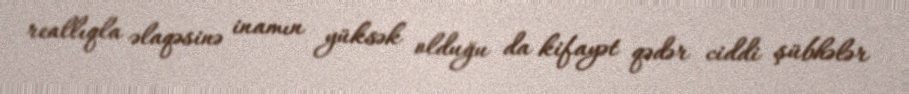
reallıqla əlaqəsinə inamın yüksək olduğu da kifayət qədər ciddi şübhələr